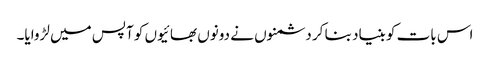
اس بات کو بنیاد بنا کر دشمنوں نے دونوں بھائیوں کو آپس میں لڑوایا۔